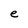
Character: e